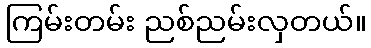
ကြမ်းတမ်း ညစ်ညမ်းလှတယ်။